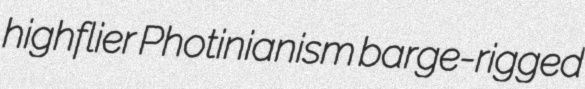
highflier Photinianism barge-rigged